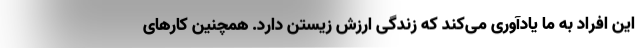
این افراد به ما یادآوری می‌کند که زندگی ارزش زیستن دارد. همچنین کارهای